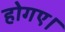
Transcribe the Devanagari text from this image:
होगए।